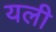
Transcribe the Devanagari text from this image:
यली